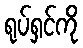
ရုပ်ရှင်ကို